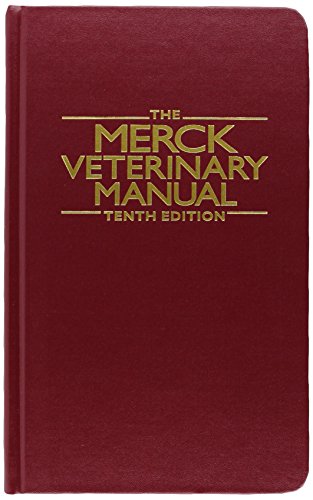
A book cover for The Merck Veterinary Manual; Medical Books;